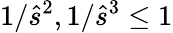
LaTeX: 1/\hat{s}^{2},1/\hat{s}^{3}\le 1